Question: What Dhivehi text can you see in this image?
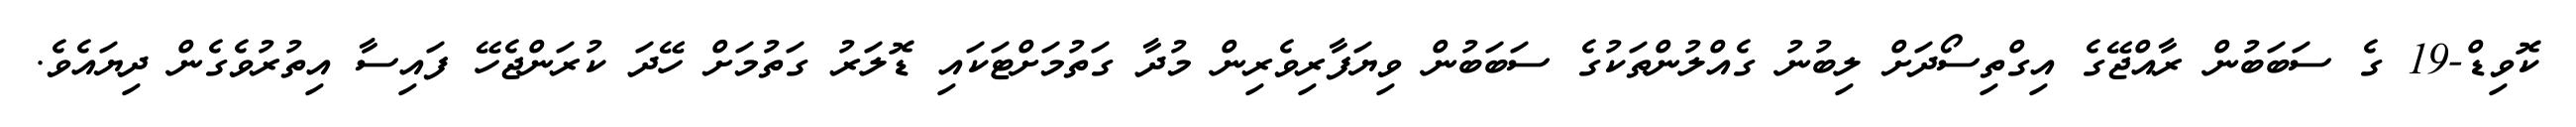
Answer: ކޮވިޑް-19 ގެ ސަބަބުން ރާއްޖޭގެ އިގްތިސޯދަށް ލިބުނު ގެއްލުންތަކުގެ ސަބަބުން ވިޔަފާރިވެރިން މުދާ ގަތުމަށްޓަކައި ޑޮލަރު ގަތުމަށް ހޭދަ ކުރަންޖެހޭ ފައިސާ އިތުރުވެގެން ދިޔައެވެ.